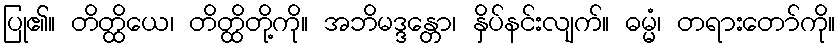
ပြု၏။ တိတ္ထိယေ၊ တိတ္ထိတို့ကို။ အဘိမဒ္ဒန္တော၊ နှိပ်နင်းလျက်။ ဓမ္မံ၊ တရားတော်ကို။